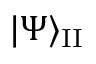
| \Psi \rangle _ { \mathrm { I I } }